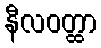
နီလဝတ္ထာ